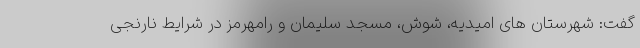
گفت: شهرستان های امیدیه، شوش، مسجد سلیمان و رامهرمز در شرایط نارنجی